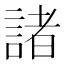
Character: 諸